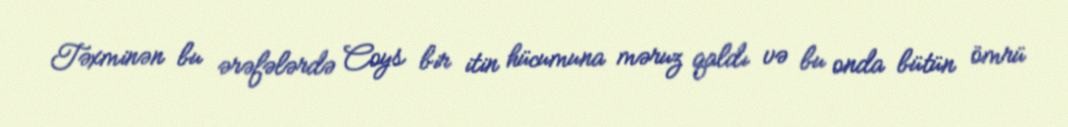
Təxminən bu ərəfələrdə Coys bir itin hücumuna məruz qaldı və bu onda bütün ömrü